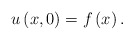
\begin{align*}u\left( x,0\right) =f\left( x\right) . \end{align*}